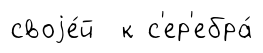
своjе́й к с'ер'ебра́